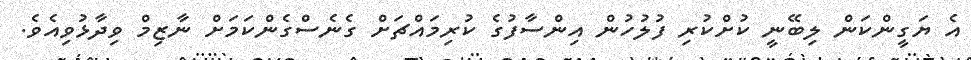
އެ ޔަގީންކަން ލިބޭނީ ކުށްކުރި ފުލުހުން އިންސާފުގެ ކުރިމައްޗަށް ގެނެސްގެންކަމަށް ނާޒިމް ވިދާޅުވިއެވެ.